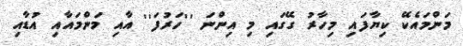
މަންމައެކޭ ކިޔާފައި މިހާރު ގޭގައި މި އިންނަ ''ހަރުފަ'' އާއި މަންމައާއި އުޑާއި